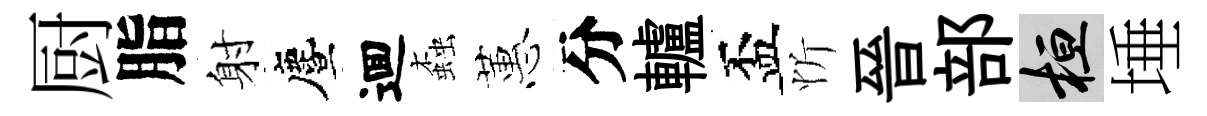
厨脂射󵨌逥螙蕙分轤盃忻晉部桓埵